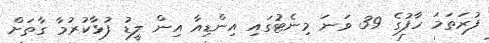
ފުރަތަމަ ހާފުގެ 39 ވަނަ މިނެޓުގައި އިންޑިއާ އިން ލީޑު ފުޅާކުރުމާ ގާތަށް